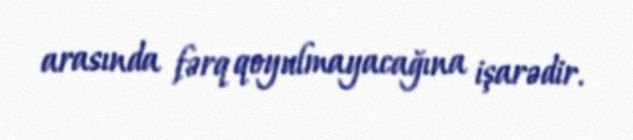
arasında fərq qoyulmayacağına işarədir.